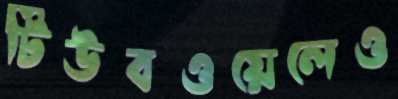
টিউবওয়েলেও